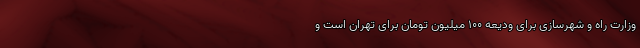
وزارت راه و شهرسازی برای ودیعه 100 میلیون تومان برای تهران است و